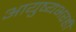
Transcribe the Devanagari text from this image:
आयुष्यभरही